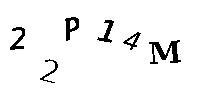
22P14M